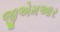
જીએમઆર